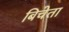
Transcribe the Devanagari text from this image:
बिचेता